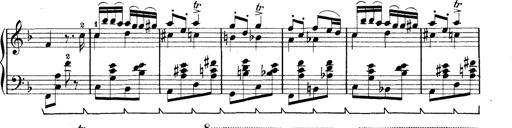
Title: Rapsodie: 19 ungheresi, 1 spagnuola
Composer: Franz Liszt